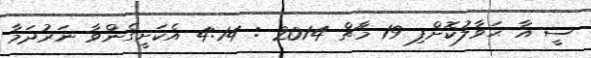
ސީ އާ ޙަވާލުކޮށްފި 19 މާޗް 2014 : 4:14 އެކަށީގެންވާ ނަރުދަމާ